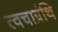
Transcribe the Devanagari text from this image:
त्वचाग्रंथि